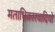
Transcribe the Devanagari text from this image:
मताधिकारवादियों